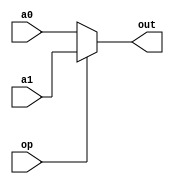
`timescale 1ns / 1ps
//////////////////////////////////////////////////////////////////////////////////
// Company: 
// Engineer: 
// 
// Design Name: 
// Module Name:    MUX 
// Project Name: 
// Target Devices: 
// Tool versions: 
// Description: 
//
// Dependencies: 
//
// Revision: 
// Revision 0.01 - File Created
// Additional Comments: 
//
//////////////////////////////////////////////////////////////////////////////////
module mux2_32(
    input [31:0] a0,
    input [31:0] a1,
    input op,
    output [31:0] out
    );
    assign out = (op==1'b0)?a0:a1;
endmodule
module mux3_32(
    input [31:0] a0,
    input [31:0] a1,
    input [31:0] a2,
    input [1:0] op,
    output [31:0] out
    );
    assign out = (op==2'b00)?a0:
        		(op==2'b01)?a1:
        (op==2'b10)?a2:32'd0;
endmodule
module mux4_32(
    input [31:0] a0,
    input [31:0] a1,
    input [31:0] a2,
	input [31:0] a3,
    input [1:0] op,
    output [31:0] out
    );
    assign out = (op==2'b00)?a0:
        		(op==2'b01)?a1:
        (op==2'b10)?a2:a3;
endmodule